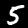
Label: 5